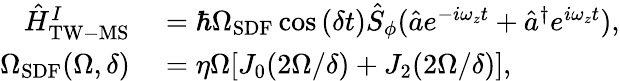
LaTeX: \begin{array}{rl}{\hat{H}_{\mathrm{TW-MS}}^{I}}&{{}=\hbar\Omega_{\mathrm{SDF}}\cos{(\delta t)}\hat{S}_{\phi}(\hat{a}e^{-i\omega_{z}t}+\hat{a}^{\dagger}e^{i\omega_{z}t}),}\\ {\Omega_{\mathrm{SDF}}(\Omega,\delta)}&{{}=\eta\Omega[J_{0}(2\Omega/\delta)+J_{2}(2\Omega/\delta)],}\end{array}